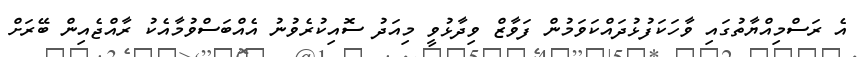
އެ ރަސްމިއްޔާތުގައި ވާހަކަފުޅުދައްކަވަމުން ފަވާޒް ވިދާޅުވީ މިއަދު ސޮއިކުރެވުނު އެއްބަސްވުމާއެކު ރާއްޖެއިން ބޭރަށް